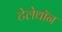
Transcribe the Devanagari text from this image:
टेलेथॉन